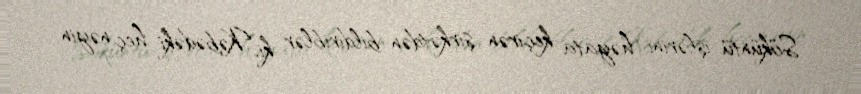
Söküntü işlərini həyata keçirən şirkətdən bildiriblər ki, Kəbədəki heç nəyin